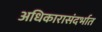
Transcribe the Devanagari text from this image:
अधिकारासंदर्भात